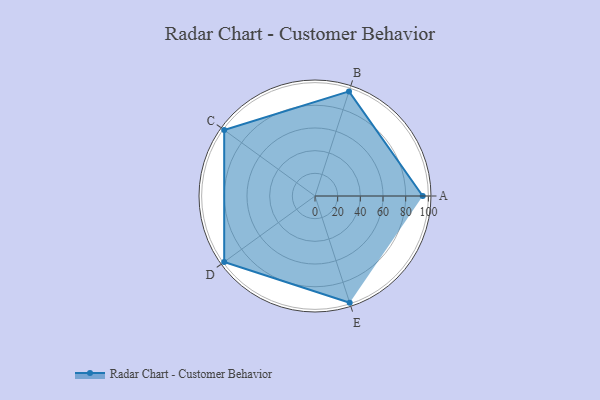
{"axis": {"x": "Skill", "y": "Score"}, "legend": ["Profile"], "data": [{"x": "A", "y": 95.0, "type": "Profile"}, {"x": "B", "y": 97.0, "type": "Profile"}, {"x": "C", "y": 99, "type": "Profile"}, {"x": "D", "y": 99, "type": "Profile"}, {"x": "E", "y": 99, "type": "Profile"}]}